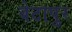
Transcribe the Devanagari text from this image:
बेटापुर